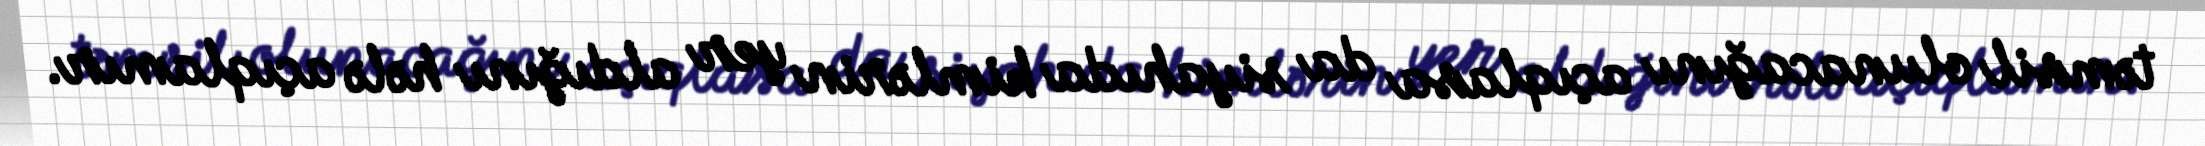
təmsil olunacağını açıqlasa da siyahıda kimlərin yer aldığını hələ açıqlamır.